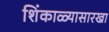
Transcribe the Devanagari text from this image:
शिंकाळ्यासारखा